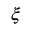
\xi